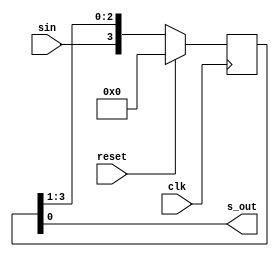
module siso4bit(input clk,reset,sin,output s_out);
  reg[3:0]q;
always@(posedge clk)
  begin
	if(reset)
		begin
			q<=4'b0;
	  	end
	else
		q<={sin,q[3:1]};
	/*	q[3]<=sin;
		q[2]<=q[3];
		q[1]<=q[2];
		q[0]<=q[1]; */
  end
  assign s_out=q[0];
endmodule